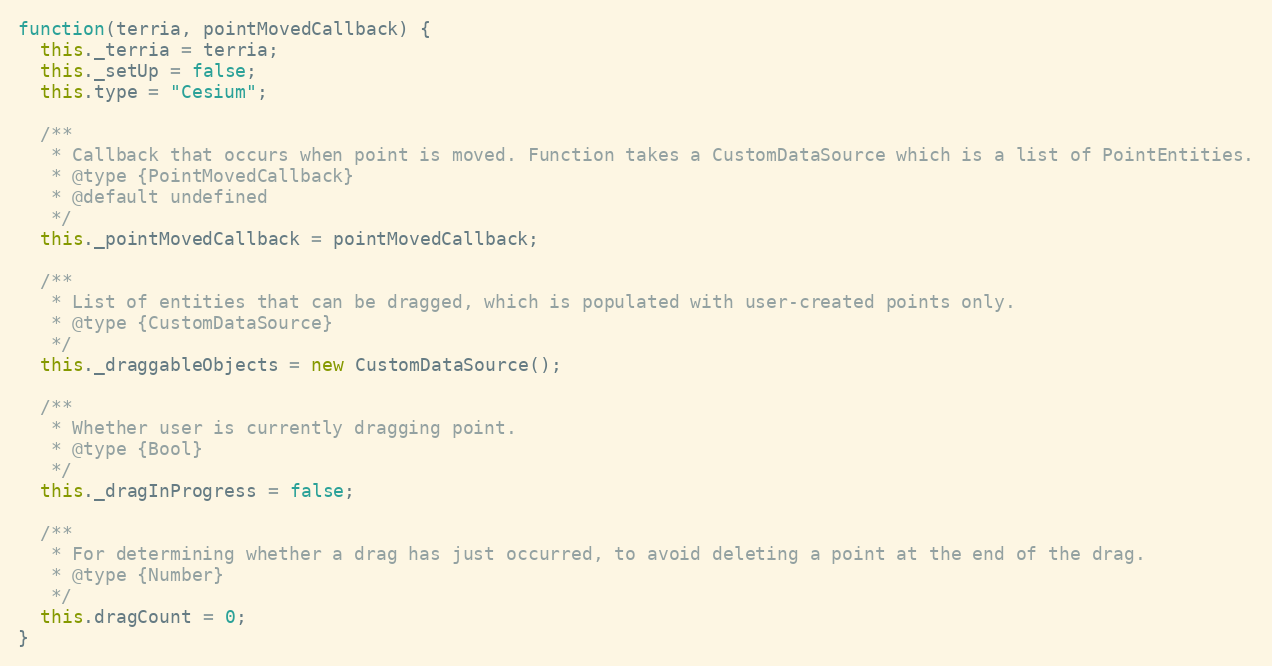
Language: JavaScript
function(terria, pointMovedCallback) {
  this._terria = terria;
  this._setUp = false;
  this.type = "Cesium";

  /**
   * Callback that occurs when point is moved. Function takes a CustomDataSource which is a list of PointEntities.
   * @type {PointMovedCallback}
   * @default undefined
   */
  this._pointMovedCallback = pointMovedCallback;

  /**
   * List of entities that can be dragged, which is populated with user-created points only.
   * @type {CustomDataSource}
   */
  this._draggableObjects = new CustomDataSource();

  /**
   * Whether user is currently dragging point.
   * @type {Bool}
   */
  this._dragInProgress = false;

  /**
   * For determining whether a drag has just occurred, to avoid deleting a point at the end of the drag.
   * @type {Number}
   */
  this.dragCount = 0;
}